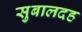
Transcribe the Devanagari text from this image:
सुबालदह